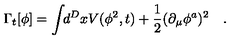
\Gamma _ { t } [ \phi ] = \int \! \! d ^ { D } x V ( \phi ^ { 2 } , t ) + \frac { 1 } { 2 } ( \partial _ { \mu } \phi ^ { a } ) ^ { 2 } \quad .